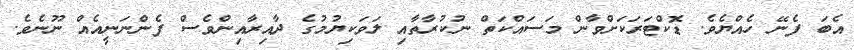
އެބަ ފެނޭ ހެއްޔެވެ. ޑޮކްޓަރަކަށްވާން މަސައްކަތް ނުކުރާތާއި ލަވަކިޔުމުގެ ދާއިރާއިންވެސް ފެންނަނީއެއް ނޫނެވެ.